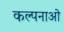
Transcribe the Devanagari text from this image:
कल्पनाओ